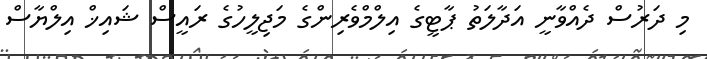
މި ދަރުސް ދެއްވާނީ އަދާލަތު ޕާޓީގެ އިލްމްވެރިންގެ މަޖިލީހުގެ ރައީސް ޝައިޚް އިލްޔާސް